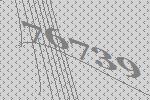
76739